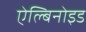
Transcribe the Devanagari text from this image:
ऐल्बिनोइड